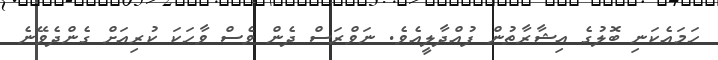
ހަމައެކަނި ބޮލުގެ އިޝާރާތުން ފުއްދާލީއެވެ. ނަވްރަސް ދެން ވެސް ވާހަކަ ކުރިއަށް ގެންދެވޭނެ